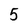
Character: 5